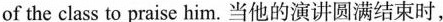
of the class to praise him. 当他的演讲圆满结束时,